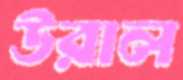
উরাল